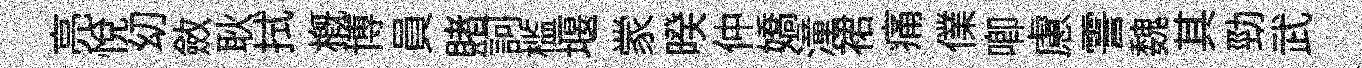
亮悦㓜斂耿拭概博員賭訶槛堰䝉暌仲嬌潼裙痛㒒唧慮霅魏其勁武